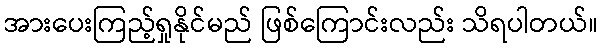
အားပေးကြည့်ရှုနိုင်မည် ဖြစ်ကြောင်းလည်း သိရပါတယ်။